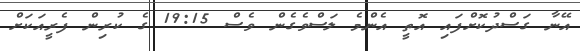
އޭނާ ގަސްދުކޮށްފައި އޮތީ އެންމެ ލަސްވެގެން ވެސް 19:15 ގެ ކުރިން ފެރީއަކަށް